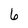
Character: 6